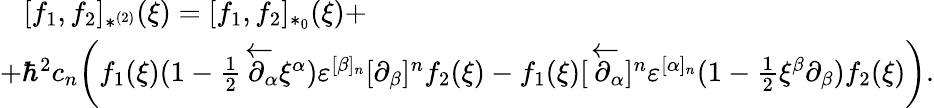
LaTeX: \begin{array}{l}{{\, \, \, \, \, [f_{1},f_{2}]_{*^{(2)}}(\xi)=[f_{1},f_{2}]_{*_{0}}(\xi)+}}\\ {{+\hbar^{2}c_{n}\biggl(f_{1}(\xi)(1-{\frac{1}{2}}\overleftarrow\partial\! \! _{\alpha}\xi^{\alpha})\varepsilon^{[\beta]_{n}}[\partial_{\beta}]^{n}f_{2}(\xi)-f_{1}(\xi)[\overleftarrow\partial\! \! _{\alpha}]^{n}\varepsilon^{[\alpha]_{n}}(1-{\frac{1}{2}}\xi^{\beta}\partial_{\beta})f_{2}(\xi)\biggr).}}\end{array}